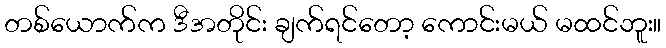
တစ်ယောက်က ဒီအတိုင်း ချက်ရင်တော့ ကောင်းမယ် မထင်ဘူး။